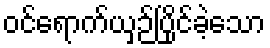
ဝင်ရောက်ယှဉ်ပြိုင်ခဲ့သော